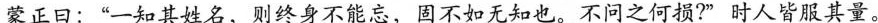
蒙正日：”-知其姓名，则终身不能忘，固不如无知也。不问之何损?”时人皆服其量。